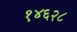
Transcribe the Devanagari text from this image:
१४६२८